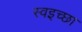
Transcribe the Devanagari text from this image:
स्वइच्छा